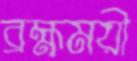
ব্রহ্মময়ী